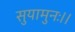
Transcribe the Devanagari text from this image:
सुयामुनः।।